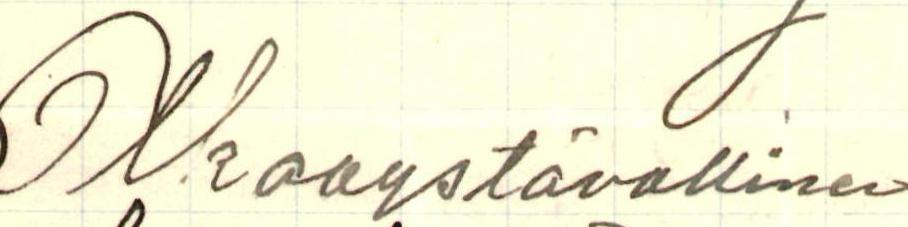
Olkaaystävällinen